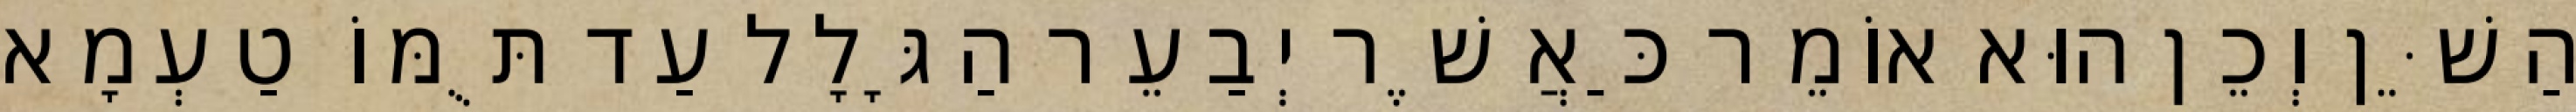
הַשֵּׁן וְכֵן הוּא אוֹמֵר כַּאֲשֶׁר יְבַעֵר הַגָּלָל עַד תֻּמּוֹ טַעְמָא